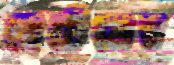
হেটেলের